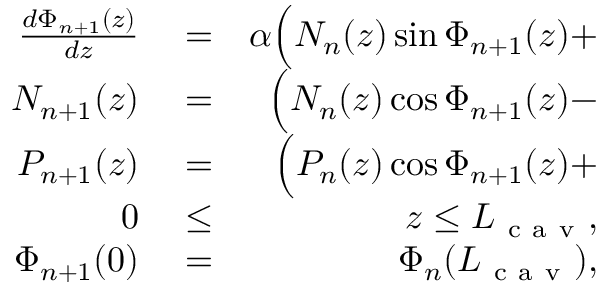
\begin{array} { r l r } { \frac { d \Phi _ { n + 1 } ( z ) } { d z } } & { { } = } & { \alpha \Big ( N _ { n } ( z ) \sin \Phi _ { n + 1 } ( z ) + } \\ { N _ { n + 1 } ( z ) } & { { } = } & { \Big ( N _ { n } ( z ) \cos \Phi _ { n + 1 } ( z ) - } \\ { P _ { n + 1 } ( z ) } & { { } = } & { \Big ( P _ { n } ( z ) \cos \Phi _ { n + 1 } ( z ) + } \\ { 0 } & { { } \le } & { z \le L _ { \mathrm { ~ c ~ a ~ v ~ } } , } \\ { \Phi _ { n + 1 } ( 0 ) } & { { } = } & { \Phi _ { n } ( L _ { \mathrm { ~ c ~ a ~ v ~ } } ) , } \end{array}